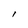
Character: l